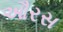
ઔરસ